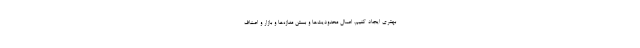
بهتری ایجاد کنیم. اعمال محدودیت‌ها و بستن مغازه‌ها و بازار و اصناف